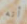
أنه